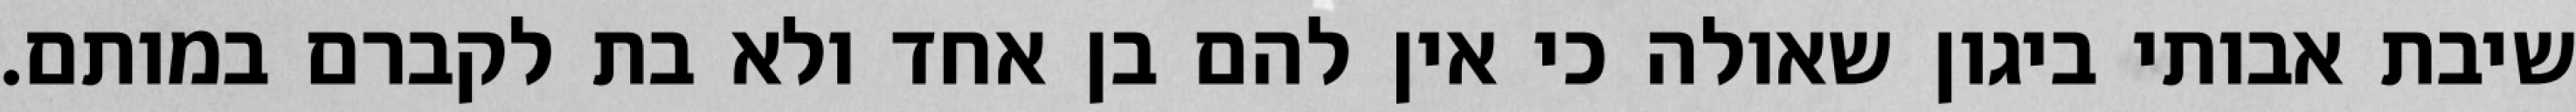
שיבת אבותי ביגון שאולה כי אין להם בן אחד ולא בת לקברם במותם.